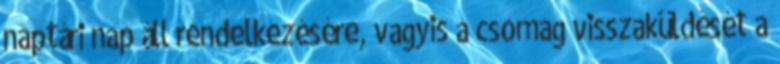
naptári nap áll rendelkezésére, vagyis a csomag visszaküldését a